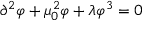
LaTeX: \partial ^ { 2 } \varphi + \mu _ { 0 } ^ { 2 } \varphi + \lambda \varphi ^ { 3 } = 0